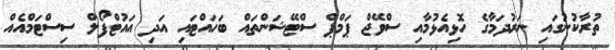
ތުރާކުނުގައި ނަރުދަމާގެ ހޮޅިއެޅުމާއި ސްވޭޖް ޕަމްޕް ސްޓޭޝަންތައް ބަހައްޓައި އަދި އައުޓްފޯލް ސިސްޓަމްއެއް